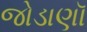
જોડાણૉ